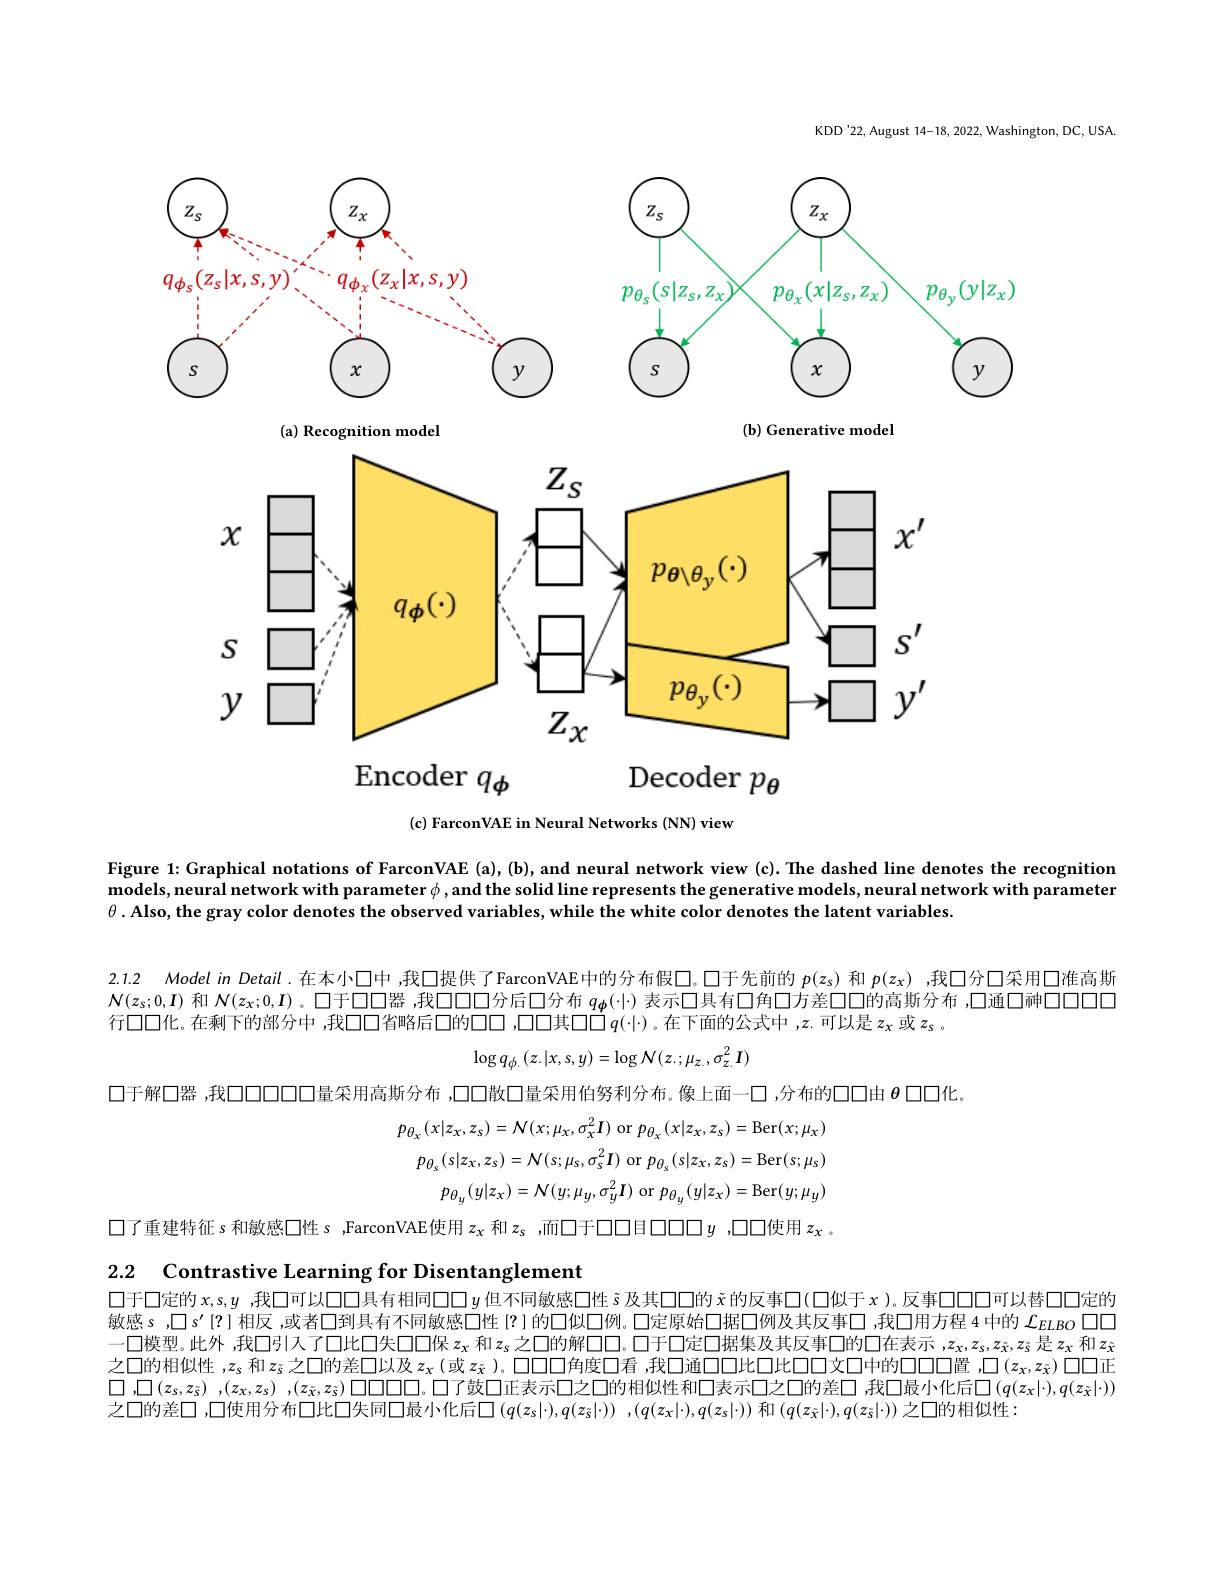
KDD'22, August 14-18, 2022, Washington, DC, USA.

<FigureHere>

Decoder $p_{\theta}$
$q\phi$

(c) FarconVAE in Neural Networks (NN) view

Figure 1: Graphical notations of FarconVAE (a), (b), and neural network view (c). The dashed line denotes the recognition models, neural network with parameter $\phi$,and the solid line represents the generative models, neural network with parameter $\theta . \textbf{Also, the gray color denotes the observed variables, while the white color denotes the latent variables}.$

2.1.2 Model in Detail.在本小口中 ,我口提供了FarconVAE中的分布假$\square$。口于先前的$p(z_s)$和$p(z_x)$ ,我口分口采用口准高斯$\mathcal{N}(z_s;0,I)$和$\mathcal{N}(z_x;0,I)$ 。口于口口器 ,我口口口分后口分布$q_{\boldsymbol{\phi}}(\cdot|\cdot)$表示口具有口角口方差口口的高斯分布 ,口通口神口口口

行口口化。在剩下的部分中，我口口省略后口的口口，口口口其口口$\dot{\square}q(\cdot|\cdot)$。在下面的公式中 ,$z$.可以是$z_\mathrm{x}$ 或 $z_\mathrm{s}$ 。
$$\log q_{\phi.}(z.|x,s,y)=\log N(z.;\mu_{z.},\sigma_{z.}^{2}I)$$
口于解口器 ,我口口口口口量采用高斯分布 ,口口散口量采用伯努利分布。像上面一口 ,分布的口口由$\theta$口口化
$$p_{\theta_{x}}(x|z_{x},z_{s})=\mathcal{N}(x;\mu_{x},\sigma_{x}^{2}I)\:\mathrm{or}\:p_{\theta_{x}}(x|z_{x},z_{s})=\mathrm{Ber}(x;\mu_{x})$$
$$p_{\theta_{s}}(s|z_{x},z_{s})={\mathcal N}(s;\mu_{s},\sigma_{s}^{2}I)\:\mathrm{or}\:p_{\theta_{s}}(s|z_{x},z_{s})=\mathrm{Ber}(s;\mu_{s})$$
$$p_{\theta_{y}}(y|z_{x})=\mathcal{N}(y;\mu_{y},\sigma_{y}^{2}I)\:\mathrm{or}\:p_{\theta_{y}}(y|z_{x})=\mathrm{Ber}(y;\mu_{y})$$
口了重建特征 s 和敏感口性 s ,FarconVAE使用$z_\mathrm{x}$和$z_\mathrm{s}$ ,而口于口口目日口口$y$ ,口口使用$z_\mathrm{x}$ 。

2.2 $\textbf{Contrastive Learning for Disentanglement}$

口于口定的$x,s,y$ ,我口可以口口具有相同口口$y$但不同敏感口性$\tilde{\varsigma}$及其口口的$\tilde{x}$的反事口(口似于$x$ )。反事口口口可以替口口定的敏感 s , $\square s^{\prime}$ {?} 相反 ,或者口到具有不同敏感口性 I? I 的口似口例。口定原始口据口例及其反事口 ,我口用方程 4 中的$\mathcal{L}_{ELBO}$口口一口模型。此外 ,我口引入了口比口失口口保$z_\mathrm{x}$和$z_\mathrm{s}$之口的解口口。口于口定口据集及其反事口的口在表示$,z_x,z_\mathrm{s},z_\mathrm{\tilde{x}},z_\mathrm{\tilde{x}}$是$z_\mathrm{x}$和$z_\mathrm{\tilde{x}}$ 之口的相似性$,z_s$和$z_{\tilde{\varsigma}}$之口的差口以及$z_{\tilde{\mathrm{x}}}$ (或$z_{\tilde{\mathrm{x}}}$ )。口口口角度口看 ,我口通口口此口比口口文口中的口口口置 ,口$(z_{\tilde{\mathrm{x}}},z_{\tilde{\mathrm{x}}})$口口正$\square , \square ( z_s, z_s)$ $, ( z_s, z_s)$ $, ( z_s, z_s)$ $\square \square \square \square \square \square \square \square$了鼓口正表示口之口的相似性和口表示口之口的差口 ,我口最小化后$\square\left(q(z_x|\cdot),q(z_{\tilde{x}}|\cdot)\right)$ 之口的差口 ,口使用分布口比口失同口最小化后口$(q(z_s|\cdot),q(z_{\tilde{s}}|\cdot))$ ,$(q(z_x|\cdot),q(z_s|\cdot))$和1 $(q(z_{\tilde{x}}|\cdot),q(z_{\tilde{s}}|\cdot))$之口的相似性：